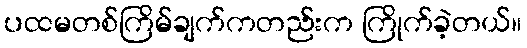
ပထမတစ်ကြိမ်ချက်ကတည်းက ကြိုက်ခဲ့တယ်။